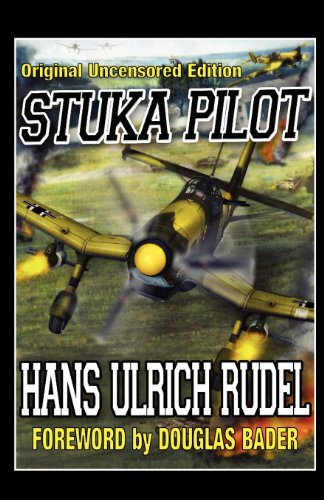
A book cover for Stuka Pilot; Hans Ulrich Rudel; History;